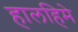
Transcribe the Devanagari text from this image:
हालहिमे